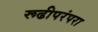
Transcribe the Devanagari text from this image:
रूढीपरंपरा